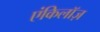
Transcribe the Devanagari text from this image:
एंकिलॉज़